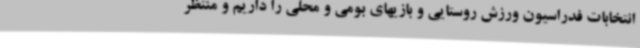
انتخابات فدراسیون ورزش روستایی و بازیهای بومی و محلی را داریم و منتظر